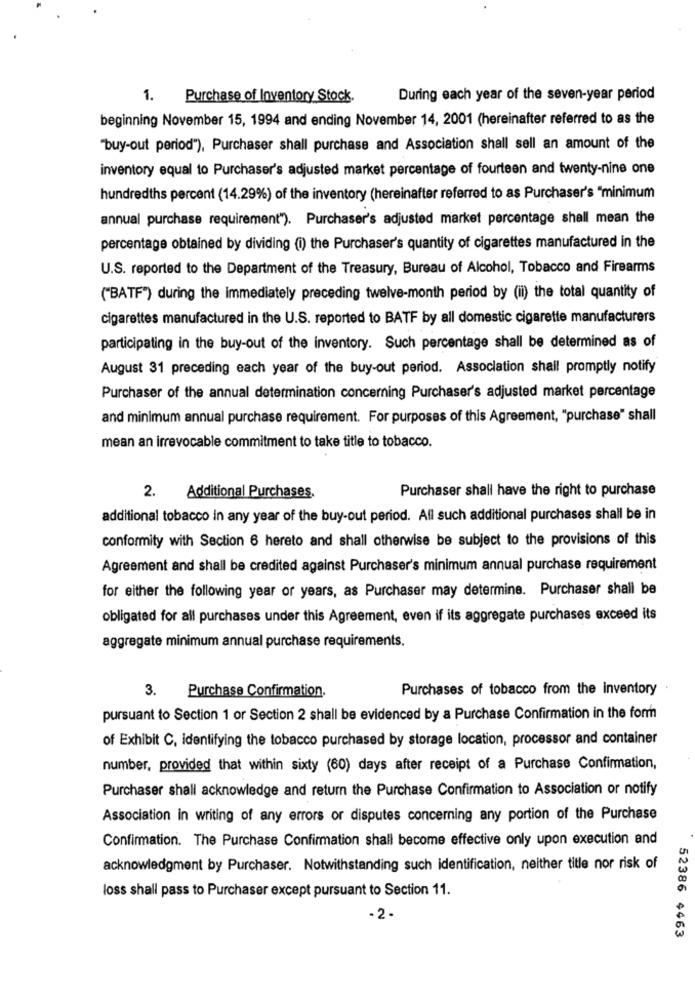
1. Purchase of Inventory Stock.
During each year of the seven-year period
beginning November 15, 1994 and ending November 14, 2001 (hereinafter referred to as the
"buy-out period"), Purchaser shall purchase and Association shall sell an amount of the
inventory equal to Purchaser's adjusted market percentage of fourteen and twenty-nine one
hundredths percent (14.29%) of the inventory (hereinafter referred to as Purchaser's "minimum
annual purchase requirement"). Purchaser's adjusted market percentage shall mean the
percentage obtained by dividing (i) the Purchaser's quantity of cigarettes manufactured in the
U.S. reported to the Department of the Treasury, Bureau of Alcohol, Tobacco and Firearms
("BATF") during the immediately preceding twelve-month period by (ii) the total quantity of
cigarettes manufactured in the U.S. reported to BATF by all domestic cigarette manufacturers
participating in the buy-out of the inventory. Such percentage shall be determined as of
August 31 preceding each year of the buy-out period. Association shall promptly notify
Purchaser of the annual determination concerning Purchaser's adjusted market percentage
and minimum annual purchase requirement. For purposes of this Agreement, "purchase" shall
mean an irrevocable commitment to take title to tobacco.
Purchaser shall have the right to purchase
2.
Additional Purchases.
additional tobacco in any year of the buy-out period. All such additional purchases shall be in
conformity with Section 6 hereto and shall otherwise be subject to the provisions of this
Agreement and shall be credited against Purchaser's minimum annual purchase requirement
for either the following year or years, as Purchaser may determine. Purchaser shall be
obligated for all purchases under this Agreement, even if its aggregate purchases exceed its
aggregate minimum annual purchase requirements.
3.
Purchase Confirmation.
Purchases of tobacco from the inventory
pursuant to Section 1 or Section 2 shall be evidenced by a Purchase Confirmation in the form
of Exhibit C, identifying the tobacco purchased by storage location, processor and container
number, provided that within sixty (60) days after receipt of a Purchase Confirmation,
Purchaser shall acknowledge and return the Purchase Confirmation to Association or notify
Association in writing of any errors or disputes concerning any portion of the Purchase
Confirmation. The Purchase Confirmation shall become effective only upon execution and
acknowledgment by Purchaser. Notwithstanding such identification, neither title nor risk of
loss shall pass to Purchaser except pursuant to Section 11.
-2 -
52386 4463